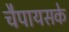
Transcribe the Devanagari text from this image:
चैपायसके